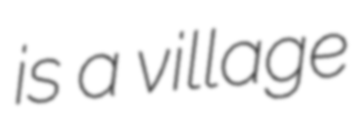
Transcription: is a village